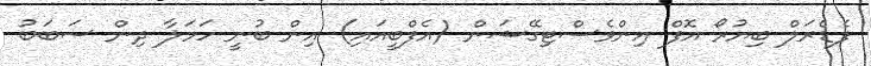
ފެޑެރަލް ބިޔުރޯ އޮފް އިންވެސްޓިގޭޝަން (އެފްބީއައި) އިން ބުނީ ހަމަލާ ދިން ސަބަބު